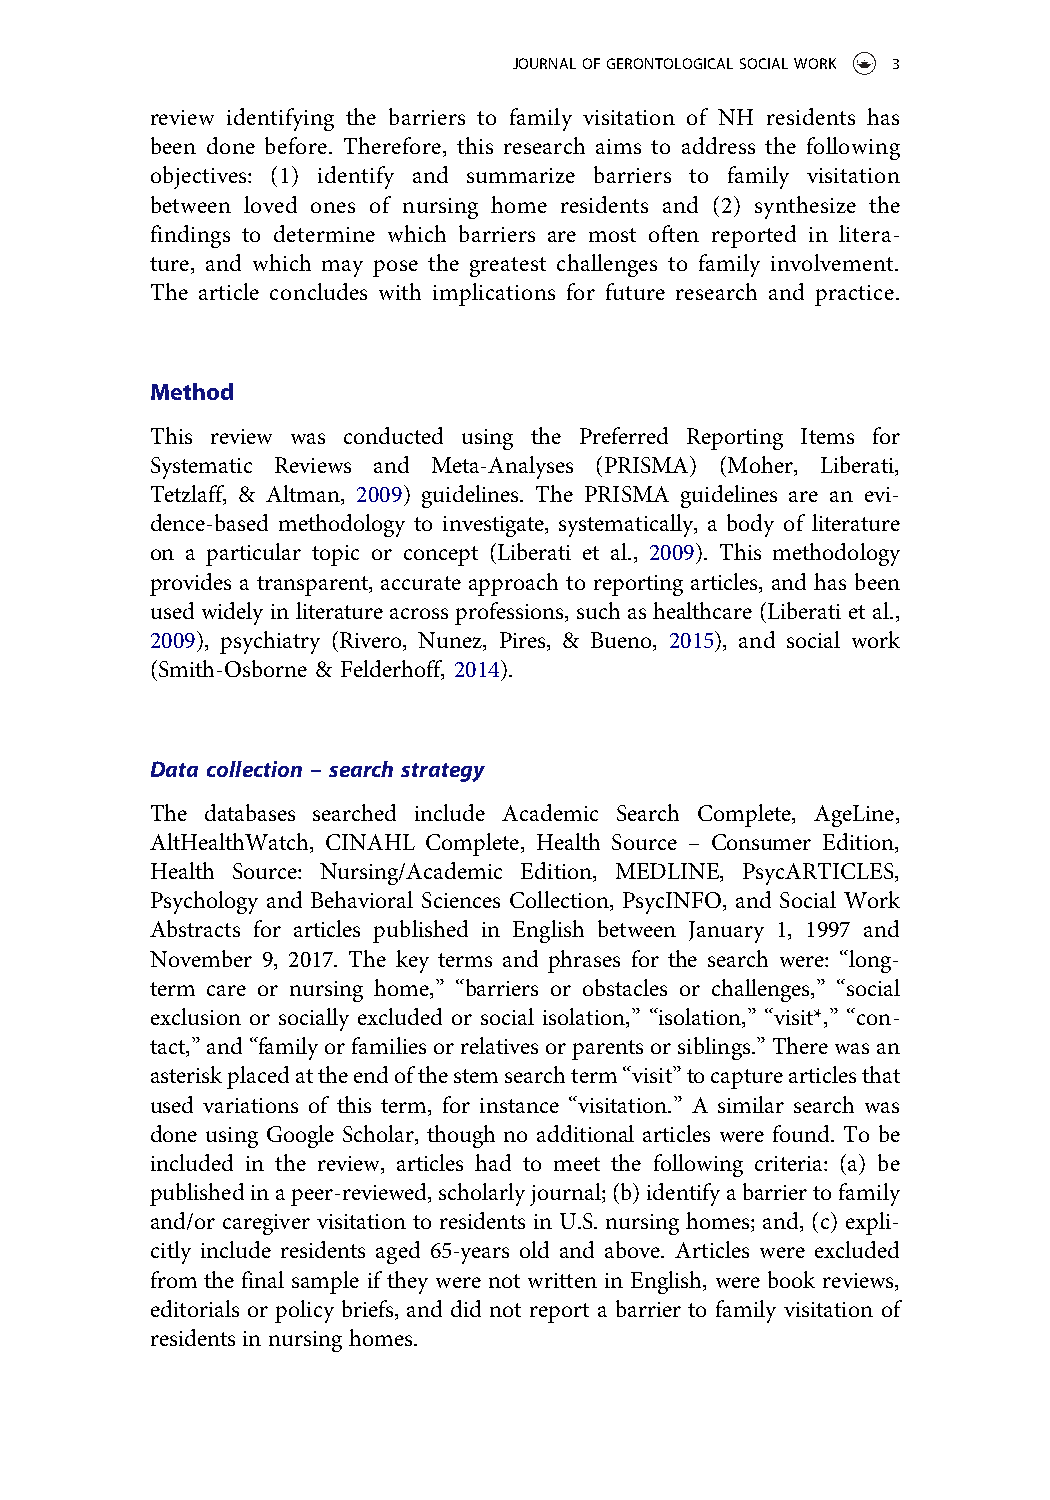
JOURNALOFGERONTOLOGICALSOCIALWORK 3
 review identifying the barriers to family visitation of NH residents has
 been done before. Therefore, this research aims to address the following
 objectives: (1) identify and summarize barriers to family visitation
 between loved ones of nursing home residents and (2) synthesize the
 findings to determine which barriers are most often reported in litera-
 ture, and which may pose the greatest challenges to family involvement.
 The article concludes with implications for future research and practice.
 Method
 This review was conducted using the Preferred Reporting Items for
 Systematic Reviews and Meta-Analyses (PRISMA) (Moher, Liberati,
 Tetzlaff, & Altman, 2009) guidelines. The PRISMA guidelines are an evi-
 dence-based methodology to investigate, systematically, a body of literature
 on a particular topic or concept (Liberati et al., 2009). This methodology
 provides a transparent, accurate approach to reporting articles, and has been
 used widely in literature across professions, such as healthcare (Liberati et al.,
 2009), psychiatry (Rivero, Nunez, Pires, & Bueno, 2015), and social work
 (Smith-Osborne & Felderhoff, 2014).
 Data collection – search strategy
 The databases searched include Academic Search Complete, AgeLine,
 AltHealthWatch, CINAHL Complete, Health Source – Consumer Edition,
 Health Source: Nursing/Academic Edition, MEDLINE, PsycARTICLES,
 Psychology and Behavioral Sciences Collection, PsycINFO, and Social Work
 Abstracts for articles published in English between January 1, 1997 and
 November 9, 2017. The key terms and phrases for the search were: “long-
 term care or nursing home,” “barriers or obstacles or challenges,” “social
 exclusion or socially excluded or social isolation,” “isolation,” “visit*,” “con-
 tact,”and“familyorfamiliesorrelativesorparentsorsiblings.”Therewasan
 asteriskplacedattheendofthestemsearchterm“visit”tocapturearticlesthat
 used variations of this term, for instance “visitation.” A similar search was
 done using Google Scholar, though no additional articles were found. To be
 included in the review, articles had to meet the following criteria: (a) be
 publishedinapeer-reviewed,scholarlyjournal;(b)identifyabarriertofamily
 and/or caregiver visitation to residents in U.S. nursing homes; and, (c) expli-
 citly include residents aged 65-years old and above. Articles were excluded
 from the final sample if they were not written in English, were book reviews,
 editorials or policy briefs, and did not report a barrier to family visitation of
 residents in nursing homes.